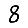
Digit: 8